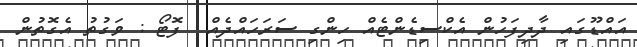
އައްޑޫގައި ދާދިފަހުން އެކްސިޑެންޓެއް ހިންގި ސަރަހައްދެއް  ފޮޓޯ : ވަގުތު އެގޮތުން